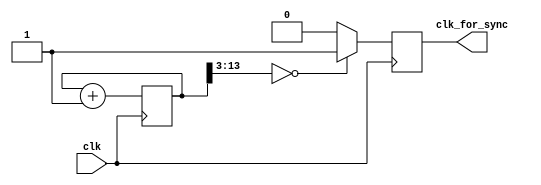
`timescale 1ns / 1ps
//////////////////////////////////////////////////////////////////////////////////
// Company: 
// Engineer: 
// 
// Design Name: 
// Module Name:    CLK_FOR_LED16 
// Project Name: 
// Target Devices: 
// Tool versions: 
// Description: 
//
// Dependencies: 
//
// Revision: 
// Revision 0.01 - File Created
// Additional Comments: 
//
//////////////////////////////////////////////////////////////////////////////////
module ClkForSync(
	input wire clk,
	output reg clk_for_sync
);
	reg [31:0] cnt;
	
	initial begin
		cnt = 32'b0;
	end
	
	always @(posedge clk) begin
		if (cnt[13:3] == 11'b0000_0000_000) begin
			clk_for_sync <= 1;
		end else begin
			clk_for_sync <= 0;
		end
		cnt <= cnt + 1'b1;
	end
endmodule